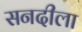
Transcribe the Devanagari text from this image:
सनदीला